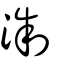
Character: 淛